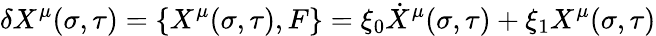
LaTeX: \delta X^{\mu}(\sigma,\tau)={\lbrace X^{\mu}(\sigma,\tau),F\rbrace}=\xi_{0}\dot{X}^{\mu}(\sigma,\tau)+\xi_{1}X^{\mu}(\sigma,\tau)